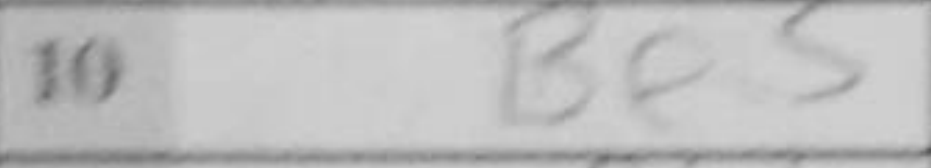
Transcription: Be5